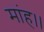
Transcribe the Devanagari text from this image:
मांह।।